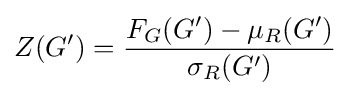
Z(G^{\prime })={\frac {F_{G}(G^{\prime })-\mu _{R}(G^{\prime })}{\sigma _{R}(G^{\prime })}}